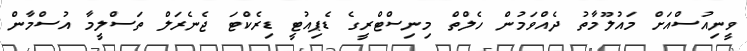
ވީނިއުސްއަށް މައުލޫމާތު ދެއްވަމުން ހެލްތް މިނިސްޓްރީގެ ޑެޕިއުޓީ ޑިރެކްޓަ ޖެނެރަލް ތަސްލީމާ އުސްމާން